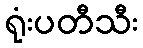
ရုံးပတီသီး